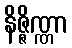
နိဇ္ဇိဏ္ဏာ